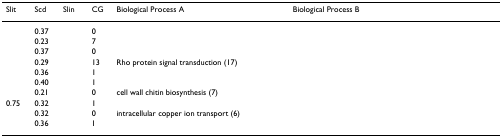
<table><thead><tr><td><b>Slit</b></td><td><b>Scd</b></td><td><b>Slin</b></td><td><b>CG</b></td><td><b>Biological Process A</b></td><td><b>Biological Process B</b></td></tr></thead><tbody><tr><td>[EMPTY_CELL]</td><td>0.37</td><td>[EMPTY_CELL]</td><td>0</td><td>[EMPTY_CELL]</td><td>[EMPTY_CELL]</td></tr><tr><td>[EMPTY_CELL]</td><td>0.23</td><td>[EMPTY_CELL]</td><td>7</td><td>[EMPTY_CELL]</td><td>[EMPTY_CELL]</td></tr><tr><td>[EMPTY_CELL]</td><td>0.37</td><td>[EMPTY_CELL]</td><td>0</td><td>[EMPTY_CELL]</td><td>[EMPTY_CELL]</td></tr><tr><td>[EMPTY_CELL]</td><td>0.29</td><td>[EMPTY_CELL]</td><td>13</td><td>Rho protein signal transduction (17)</td><td>[EMPTY_CELL]</td></tr><tr><td>[EMPTY_CELL]</td><td>0.36</td><td>[EMPTY_CELL]</td><td>1</td><td>[EMPTY_CELL]</td><td>[EMPTY_CELL]</td></tr><tr><td>[EMPTY_CELL]</td><td>0.40</td><td>[EMPTY_CELL]</td><td>1</td><td>[EMPTY_CELL]</td><td>[EMPTY_CELL]</td></tr><tr><td>[EMPTY_CELL]</td><td>0.21</td><td>[EMPTY_CELL]</td><td>0</td><td>cell wall chitin biosynthesis (7)</td><td>[EMPTY_CELL]</td></tr><tr><td>0.75</td><td>0.32</td><td>[EMPTY_CELL]</td><td>1</td><td>[EMPTY_CELL]</td><td>[EMPTY_CELL]</td></tr><tr><td>[EMPTY_CELL]</td><td>0.32</td><td>[EMPTY_CELL]</td><td>0</td><td>intracellular copper ion transport (6)</td><td>[EMPTY_CELL]</td></tr><tr><td>[EMPTY_CELL]</td><td>0.36</td><td>[EMPTY_CELL]</td><td>1</td><td>[EMPTY_CELL]</td><td>[EMPTY_CELL]</td></tr></tbody></table>